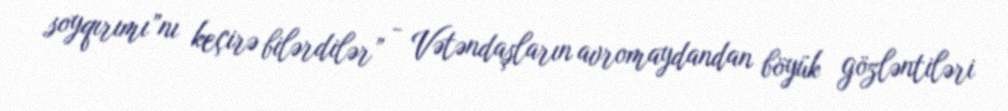
soyqırımı”nı keçirə bilərdilər” - Vətəndaşların avromaydandan böyük gözləntiləri